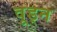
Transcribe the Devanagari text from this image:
वूड्न